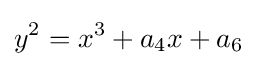
y^{2}=x^{3}+a_{4}x+a_{6}